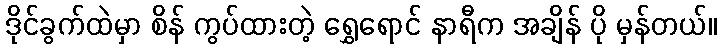
ဒိုင်ခွက်ထဲမှာ စိန် ကွပ်ထားတဲ့ ရွှေရောင် နာရီက အချိန် ပို မှန်တယ်။